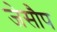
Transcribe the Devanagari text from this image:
जेसौप